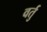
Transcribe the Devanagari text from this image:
वर्तु